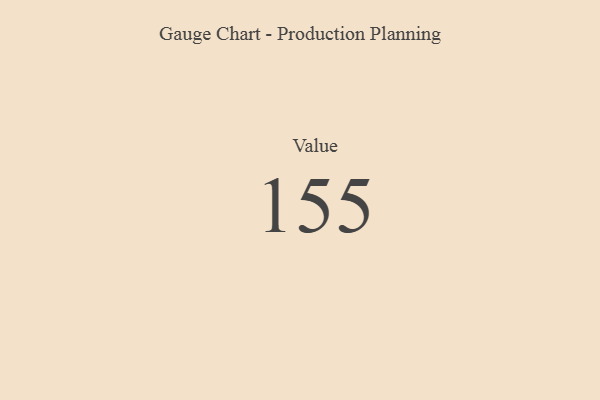
{"axis": {"x": "Metric", "y": "Value"}, "legend": [""], "data": [{"x": "Value", "y": 155, "type": ""}]}